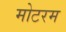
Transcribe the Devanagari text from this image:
मोटरम